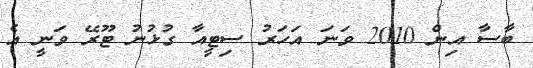
ބާސާ އިން 2010 ވަނަ އަހަރު ސިޓީއާ ގުޅުނު ޓޫރޭ ވަނީ އެ